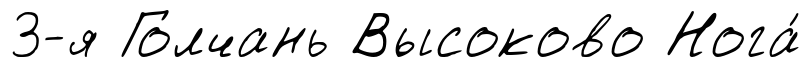
3-я Голчань Высоково Нога́